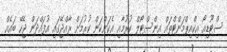
ސްޓޫޑިއޯ އިކްއިޕްމަންޓްތައް އިންސްޓޯލް ކުރުމާއި އެކަންކަން ކުރުމަށް ރާއްޖޭގައި އުފައްދަން ޖެހޭ ބައެއް